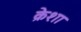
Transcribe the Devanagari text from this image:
क्रेशा